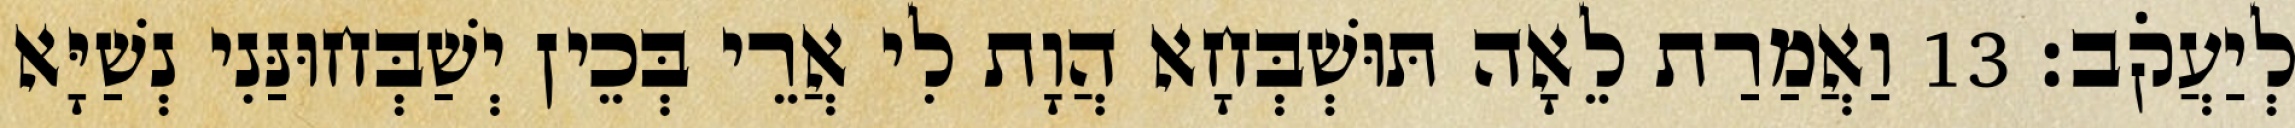
לְיַעֲקֹב׃ 13 וַאֲמַרַת לֵאָה תּוּשְׁבְּחָא הֲוָת לִי אֲרֵי בְּכֵין יְשַׁבְּחוּנַּנִי נְשַׁיָּא